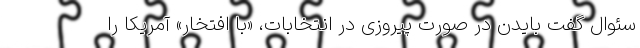
سئوال گفت بایدن در صورت پیروزی در انتخابات، «با افتخار» آمریکا را